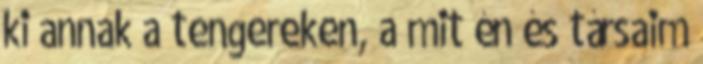
ki annak a tengereken, a mit én és társaim